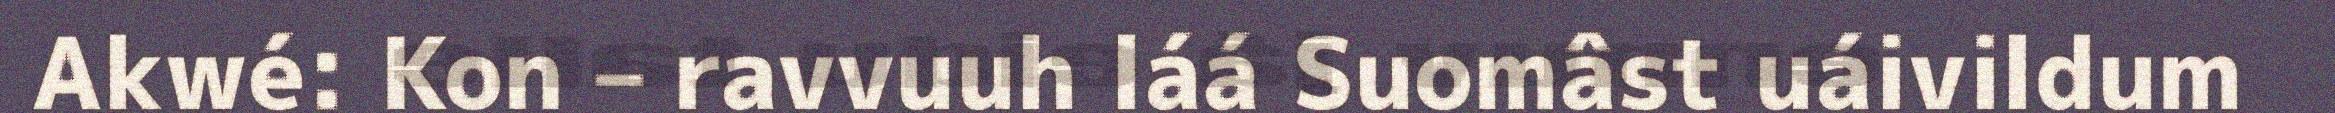
Akwé: Kon – ravvuuh láá Suomâst uáivildum